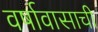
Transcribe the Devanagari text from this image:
वर्षावासाची